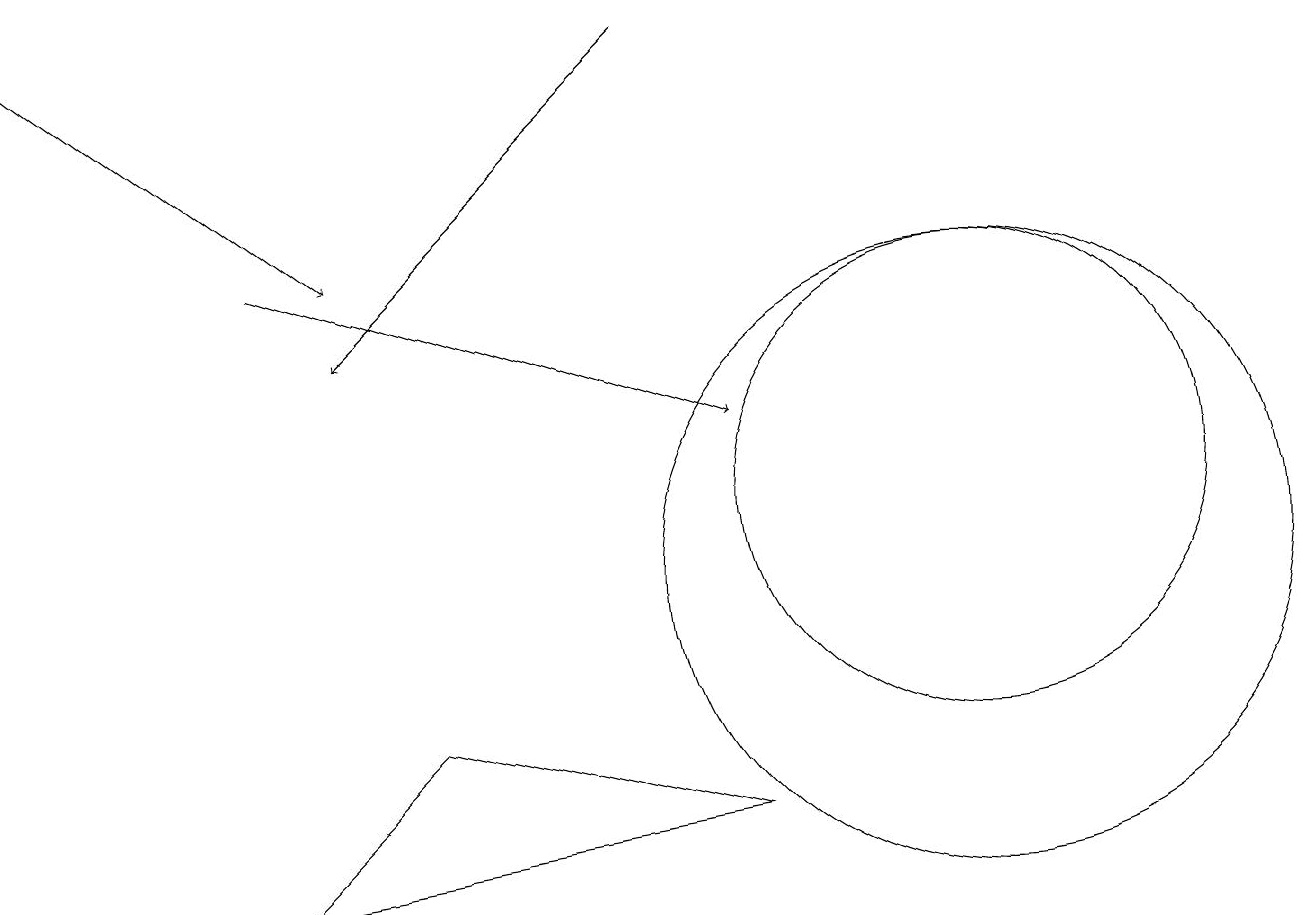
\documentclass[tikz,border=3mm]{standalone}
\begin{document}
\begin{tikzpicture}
\draw (5,9) -- (3,7) -- (9,8) -- cycle;
\draw[->] (3,15) -- (9,13);
\draw (12,12) circle (3);
\draw (12,11) circle (4);
\draw[->] (8,18) -- (4,14);
\draw[->] (0,18) -- (4,15);
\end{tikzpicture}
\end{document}